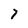
Character: 7